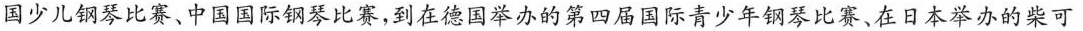
国少儿钢琴比赛、中国国际钢琴比赛，到在德国举办的第四届国际青少年钢琴比赛、在日本举办的柴可